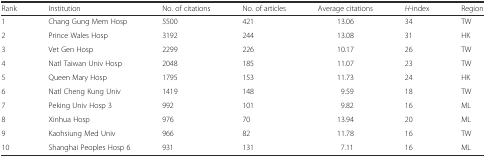
<table><thead><tr><td><b>Rank</b></td><td><b>Institution</b></td><td><b>No. of citations</b></td><td><b>No. of articles</b></td><td><b>Average citations</b></td><td><b><i>H</i>-index</b></td><td><b>Region</b></td></tr></thead><tbody><tr><td>1</td><td>Chang Gung Mem Hosp</td><td>5500</td><td>421</td><td>13.06</td><td>34</td><td>TW</td></tr><tr><td>2</td><td>Prince Wales Hosp</td><td>3192</td><td>244</td><td>13.08</td><td>31</td><td>HK</td></tr><tr><td>3</td><td>Vet Gen Hosp</td><td>2299</td><td>226</td><td>10.17</td><td>26</td><td>TW</td></tr><tr><td>4</td><td>Natl Taiwan Univ Hosp</td><td>2048</td><td>185</td><td>11.07</td><td>23</td><td>TW</td></tr><tr><td>5</td><td>Queen Mary Hosp</td><td>1795</td><td>153</td><td>11.73</td><td>24</td><td>HK</td></tr><tr><td>6</td><td>Natl Cheng Kung Univ</td><td>1419</td><td>148</td><td>9.59</td><td>18</td><td>TW</td></tr><tr><td>7</td><td>Peking Univ Hosp 3</td><td>992</td><td>101</td><td>9.82</td><td>16</td><td>ML</td></tr><tr><td>8</td><td>Xinhua Hosp</td><td>976</td><td>70</td><td>13.94</td><td>20</td><td>ML</td></tr><tr><td>9</td><td>Kaohsiung Med Univ</td><td>966</td><td>82</td><td>11.78</td><td>16</td><td>TW</td></tr><tr><td>10</td><td>Shanghai Peoples Hosp 6</td><td>931</td><td>131</td><td>7.11</td><td>16</td><td>ML</td></tr></tbody></table>